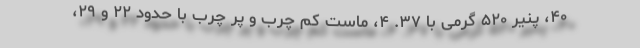
۴۰، پنیر ۵۲۰ گرمی با ۳۷. ۴، ماست کم چرب و پر چرب با حدود ۲۲ و ۲۹،